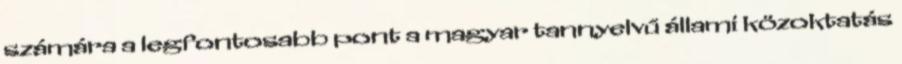
számára a legfontosabb pont a magyar tannyelvű állami közoktatás